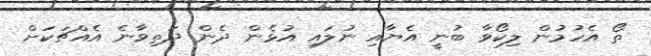
ތޯ އެހުމުން ލިކޯވާ ބުނީ އެޔާއި ނުލައި އުޅެން ދެން ދަތިވާނެ އެއްޗަކަށް